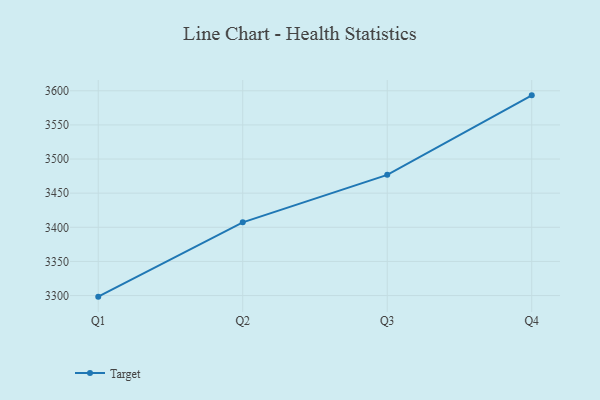
{"axis": {"x": "Quarter", "y": "Customer Acquisition Cost (USD)"}, "legend": ["Target"], "data": [{"x": "Q1", "y": 3298.4, "type": "Target"}, {"x": "Q2", "y": 3407.3, "type": "Target"}, {"x": "Q3", "y": 3476.8, "type": "Target"}, {"x": "Q4", "y": 3593.3, "type": "Target"}]}